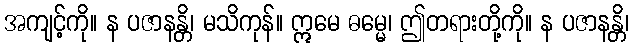
အကျင့်ကို။ န ပဇာနန္တိ၊ မသိကုန်။ ဣမေ ဓမ္မေ၊ ဤတရားတို့ကို။ န ပဇာနန္တိ၊